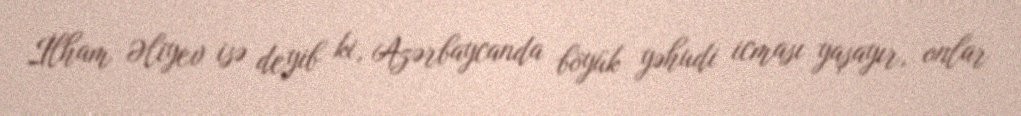
İlham Əliyev isə deyib ki, Azərbaycanda böyük yəhudi icması yaşayır, onlar